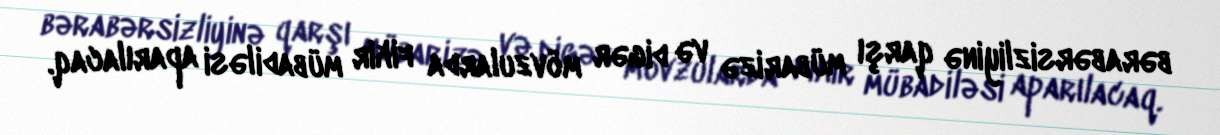
bərabərsizliyinə qarşı mübarizə və digər mövzularda fikir mübadiləsi aparılacaq.